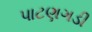
પાટણગડી